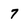
Character: 7